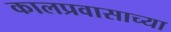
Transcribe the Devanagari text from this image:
कालप्रवासाच्या